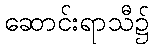
ဆောင်းရာသီ၌